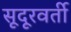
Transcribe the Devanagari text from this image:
सूदूरवर्ती